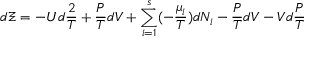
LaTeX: d \Xi = - U d { \frac { 2 } { T } } + { \frac { P } { T } } d V + \sum _ { i = 1 } ^ { s } ( - { \frac { \mu _ { i } } { T } } ) d N _ { i } - { \frac { P } { T } } d V - V d { \frac { P } { T } }